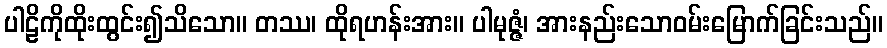
ပါဠိကိုထိုးထွင်း၍သိသော။ တဿ၊ ထိုရဟန်းအား။ ပါမုဇ္ဇံ၊ အားနည်းသောဝမ်းမြောက်ခြင်းသည်။